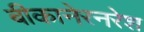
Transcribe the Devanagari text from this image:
बीकानेरनरेश